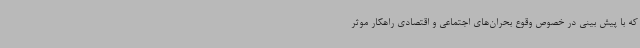
که با پیش بینی در خصوص وقوع بحران‌های اجتماعی و اقتصادی راهکار موثر